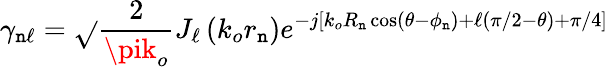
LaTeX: \gamma_{\mathtt{n}\ell}=\sqrt{}{{\frac{{2}}{{\pik_{o}}}}}J_{\ell}\left(k_{o}r_{\mathtt{n}}\right)e^{-j\left[k_{o}R_{\mathtt{n}}\cos\left(\theta-\phi_{\mathtt{n}}\right)+\ell(\pi/2-\theta)+\pi/4\right]}